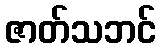
ဇာတ်သဘင်